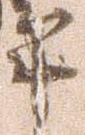
畢